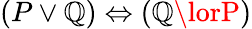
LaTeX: (P\lor\mathbb{Q})\Leftrightarrow(\mathbb{Q}\lorP)